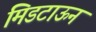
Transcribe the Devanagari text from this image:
मिडटाऊन